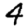
Digit: 4